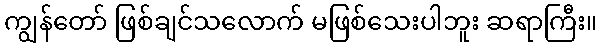
ကျွန်တော် ဖြစ်ချင်သလောက် မဖြစ်သေးပါဘူး ဆရာကြီး။